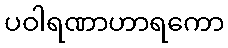
ပဝါရဏာဟာရကော